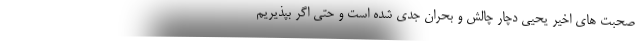
صحبت های اخیر یحیی دچار چالش و بحران جدی شده است و حتی اگر بپذیریم